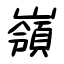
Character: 嶺